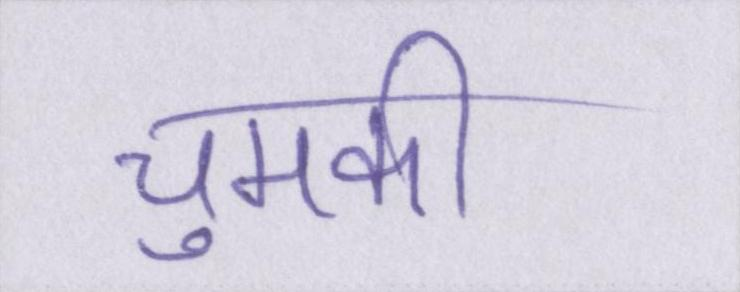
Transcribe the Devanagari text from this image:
चुमकी